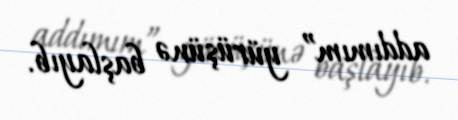
addımım” yürüşünə başlayıb.